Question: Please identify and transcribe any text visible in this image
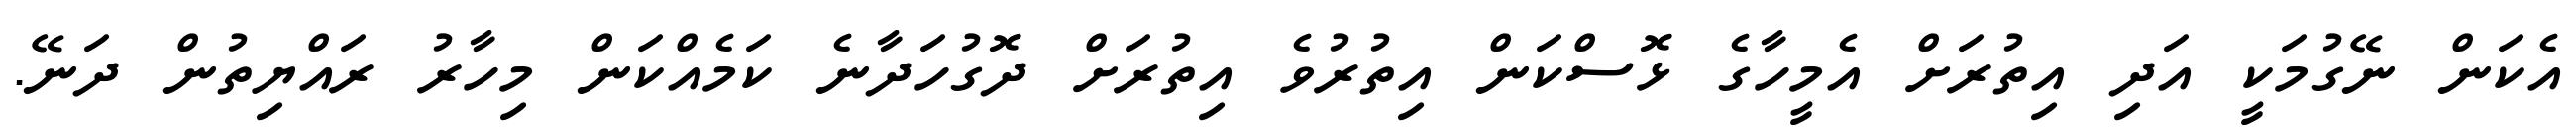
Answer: އެކަން ނޭގުމަކީ އަދި އިތުރަށް އެމީހާގެ ޅޮސްކަން އިތުރުވެ އިތުރަށް ދޮގުހަދާނެ ކަމެއްކަން މިހާރު ރައްޔިތުން ދަނޭ.